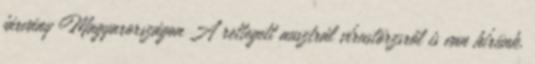
járvány Magyarországon A rettegett ausztrál vírustörzsről is van hírünk.